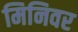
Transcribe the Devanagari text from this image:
मिनिवर